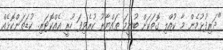
"ދަރިފުޅުމެން މާ ކުއްލި ގޮތަކަށް ބުނީމަ ތައްޔާރު ކުރެވިފަ ހުރީ އެއްކޮޓަރި. ކުޑަތަންކޮޅެއް